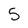
Character: 5